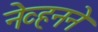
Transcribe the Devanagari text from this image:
नेव्हनने